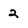
Character: 2